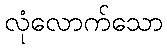
လုံလောက်သော